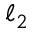
\ell _ { 2 }